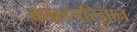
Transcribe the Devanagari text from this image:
कन्नडपरिज्ञान